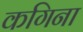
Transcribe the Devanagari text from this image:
कगिना